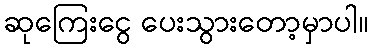
ဆုကြေးငွေ ပေးသွားတော့မှာပါ။